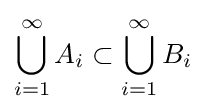
\bigcup _{i=1}^{\infty }A_{i}\subset \bigcup _{i=1}^{\infty }B_{i}